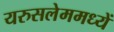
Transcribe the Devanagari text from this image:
यरुसलेममध्यें